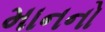
માનનો